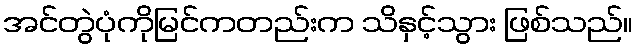
အင်တွဲပုံကိုမြင်ကတည်းက သိနှင့်သွား ဖြစ်သည်။